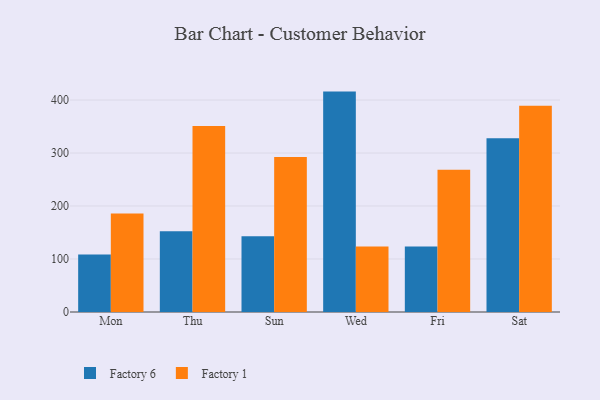
{"axis": {"x": "Day", "y": "Website Visitors"}, "legend": ["Factory 1", "Factory 6"], "data": [{"x": "Mon", "y": 108.6, "type": "Factory 6"}, {"x": "Mon", "y": 185.7, "type": "Factory 1"}, {"x": "Thu", "y": 152.4, "type": "Factory 6"}, {"x": "Thu", "y": 350.9, "type": "Factory 1"}, {"x": "Sun", "y": 142.8, "type": "Factory 6"}, {"x": "Sun", "y": 292.5, "type": "Factory 1"}, {"x": "Wed", "y": 415.9, "type": "Factory 6"}, {"x": "Wed", "y": 123.7, "type": "Factory 1"}, {"x": "Fri", "y": 123.7, "type": "Factory 6"}, {"x": "Fri", "y": 268.6, "type": "Factory 1"}, {"x": "Sat", "y": 328.1, "type": "Factory 6"}, {"x": "Sat", "y": 389.0, "type": "Factory 1"}]}